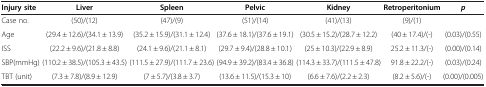
<table><thead><tr><td><b>Injury site</b></td><td><b>Liver</b></td><td><b>Spleen</b></td><td><b>Pelvic</b></td><td><b>Kidney</b></td><td><b>Retroperitonium</b></td><td><b><i>p</i></b></td></tr></thead><tbody><tr><td>Case no.</td><td>(50)/(12)</td><td>(47)/(9)</td><td>(51)/(14)</td><td>(41)/(13)</td><td>(9)/(1)</td><td> </td></tr><tr><td>Age</td><td>(29.4 ± 12.6)/(34.1 ± 13.9)</td><td>(35.2 ± 15.9)/(31.1 ± 12.4)</td><td>(37.6 ± 18.1)/(37.6 ± 19.1)</td><td>(30.5 ± 15.2)/(28.7 ± 12.2)</td><td>(40 ± 17.4)/(-)</td><td>(0.03)/(0.55)</td></tr><tr><td>ISS</td><td>(22.2 ± 9.6)/(21.8 ± 8.8)</td><td>(24.1 ± 9.6)/(21.1 ± 8.1)</td><td>(29.7 ± 9.4)/(28.8 ± 10.1)</td><td>(25 ± 10.3)/(22.9 ± 8.9)</td><td>25.2 ± 11.3/(-)</td><td>(0.00)/(0.14)</td></tr><tr><td>SBP(mmHg)</td><td>(110.2 ± 38.5)/(105.3 ± 43.5)</td><td>(111.5 ± 27.9)/(111.7 ± 23.6)</td><td>(94.9 ± 39.2)/(83.4 ± 36.8)</td><td>(114.3 ± 33.7)/(111.5 ± 47.8)</td><td>91.8 ± 22.2/(-)</td><td>(0.03)/(0.24)</td></tr><tr><td>TBT (unit)</td><td>(7.3 ± 7.8)/(8.9 ± 12.9)</td><td>(7 ± 5.7)/(3.8 ± 3.7)</td><td>(13.6 ± 11.5)/(15.3 ± 10)</td><td>(6.6 ± 7.6)/(2.2 ± 2.3)</td><td>(8.2 ± 5.6)/(-)</td><td>(0.00)/(0.005)</td></tr></tbody></table>